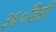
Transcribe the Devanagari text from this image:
३६०डिग्री